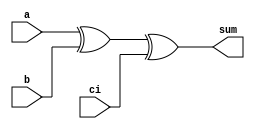
/*
 * @Author: WenJiaBao-2022E8020282071
 * @Date: 2022-10-18 17:21:22
 * @LastEditTime: 2022-10-23 15:55:58
 * @Description: 
 * 
 * Copyright (c) 2022 by WenJiaBao wenjiabao0919@163.com, All Rights Reserved. 
 */
 //
module adder(
    input   a,
    input   b,
    input   ci,
    output  sum
);
  assign sum = a ^ b ^ ci;
endmodule 



module cla(
    input c0,
	output c1,
	output c2,
	output c3,
	output c4,
	input p1,
	input p2,
	input p3,
	input p4,
	input g1,
	input g2,
	input g3,
	input g4
);

	assign  c1 = g1 ^ (p1 & c0);
	assign  c2 = g2 ^ (p2 & g1) ^ (p2 & p1 & c0);
	assign	c3 = g3 ^ (p3 & g2) ^ (p3 & p2 & g1) ^ (p3 & p2 & p1 & c0);
	assign	c4 = g4 ^ (p4&g3)^(p4&p3&g2)^(p4&p3&p2&g1)^(p4&p3&p2&p1&c0);
	 
endmodule 

module adder_cla4(
      input [3:0] a,
	  input [3:0] b,
	  input  ci,
      output Gm,
      output Pm,
	  output [3:0] sum
);	  	  
    wire p1,p2,p3,p4,g1,g2,g3,g4;
    wire c1,c2,c3;
    
    adder adder_u0(
        .a(a[0]),
        .b(b[0]),
        .ci(ci),
        .sum(sum[0])
    );
		
	adder adder_u1(
        .a(a[1]),
        .b(b[1]),
        .ci(c1),
        .sum(sum[1])
    );	
		
	adder adder_u2(
        .a(a[2]),
        .b(b[2]),
        .ci(c2),
        .sum(sum[2])
    );
			
	adder adder_u3(
        .a(a[3]),
        .b(b[3]),
        .ci(c3),
        .sum(sum[3])
    );		
		
	cla cla(
		.c0(ci),
		.c1(c1),
		.c2(c2),
		.c3(c3),
		.c4(),
		.p1(p1),
		.p2(p2),
		.p3(p3),
		.p4(p4),
		.g1(g1),
		.g2(g2),
		.g3(g3),
		.g4(g4)
	);
				
    assign   p1 = a[0] ^ b[0];
    assign   p2 = a[1] ^ b[1];
	assign	 p3 = a[2] ^ b[2];
	assign	 p4 = a[3] ^ b[3];
    assign   g1 = a[0] & b[0];
    assign   g2 = a[1] & b[1];
    assign   g3 = a[2] & b[2];
	assign   g4 = a[3] & b[3];

  assign Pm = p1 & p2 & p3 & p4;
  assign Gm = g4 ^ (p4 & g3) ^ (p4 & p3 & g2) ^ (p4 & p3 & p2 & g1);

endmodule 


module cla16(
    input   [15:0]  a_i,
    input   [15:0]  b_i,
    output  [16:0]  sum_o
);



	
	wire c4,c8,c12;
	wire Pm1,Gm1,Pm2,Gm2,Pm3,Gm3,Pm4,Gm4;
	
	adder_cla4 adder_4_u0(
	  .a(a_i[3:0]),
      .b(b_i[3:0]),
      .ci(1'b0),
      .Gm(Gm1),
      .Pm(Pm1),
	  .sum(sum_o[3:0])
	);
	
	adder_cla4 adder_4_u1(
	  .a(a_i[7:4]),
	  .b(b_i[7:4]),
	  .ci(c4),
      .Gm(Gm2),
      .Pm(Pm2),
	  .sum(sum_o[7:4])
	);
	
    adder_cla4 adder_4_u2(
	  .a(a_i[11:8]),
	  .b(b_i[11:8]),
	  .ci(c8),
      .Gm(Gm3),
      .Pm(Pm3),
	  .sum(sum_o[11:8])
	);

    adder_cla4 adder_4_u3(
	  .a(a_i[15:12]),
	  .b(b_i[15:12]),
	  .ci(c12),
      .Gm(Gm4),
      .Pm(Pm4),
	  .sum(sum_o[15:12])
	);
	
    
	assign   c4 = Gm1 ;
	assign   c8 = Gm2 ^ (Pm2 & Gm1) ;
	assign   c12 = Gm3 ^ (Pm3 & Gm2) ^ (Pm3 & Pm2 & Gm1) ;
    assign   sum_o[16] = sum_o[15];


endmodule